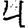
Digit: 4